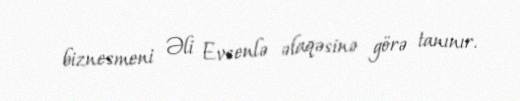
biznesmeni Əli Evsenlə əlaqəsinə görə tanınır.